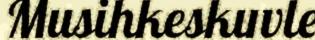
Musihkeskuvle